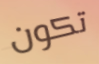
تكون